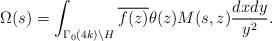
LaTeX: \begin{align*}\Omega(s)= \int_{\Gamma_{0}(4k) \backslash H} \overline{f(z)} \theta(z) M(s,z) \frac{dx dy}{y^{2}}.\end{align*}